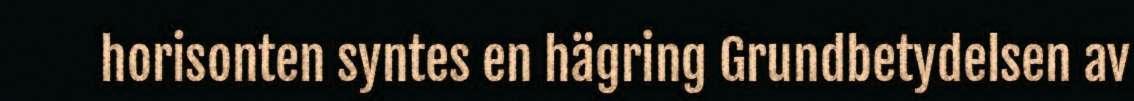
horisonten syntes en hägring Grundbetydelsen av